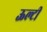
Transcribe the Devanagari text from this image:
ऊल्टी